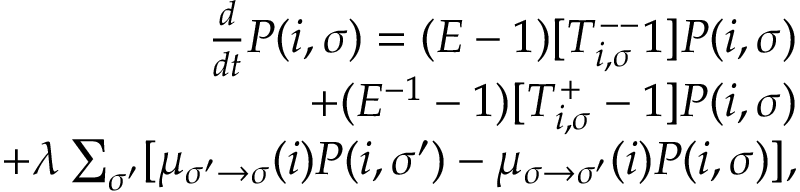
\begin{array} { r } { \frac { d } { d t } P ( i , \sigma ) = ( E - 1 ) [ T _ { i , \sigma } ^ { -- } 1 ] P ( i , \sigma ) } \\ { + ( E ^ { - 1 } - 1 ) [ T _ { i , \sigma } ^ { + } - 1 ] P ( i , \sigma ) } \\ { + \lambda \sum _ { \sigma ^ { \prime } } [ \mu _ { \sigma ^ { \prime } \to \sigma } ( i ) P ( i , \sigma ^ { \prime } ) - \mu _ { \sigma \to \sigma ^ { \prime } } ( i ) P ( i , \sigma ) ] , } \end{array}